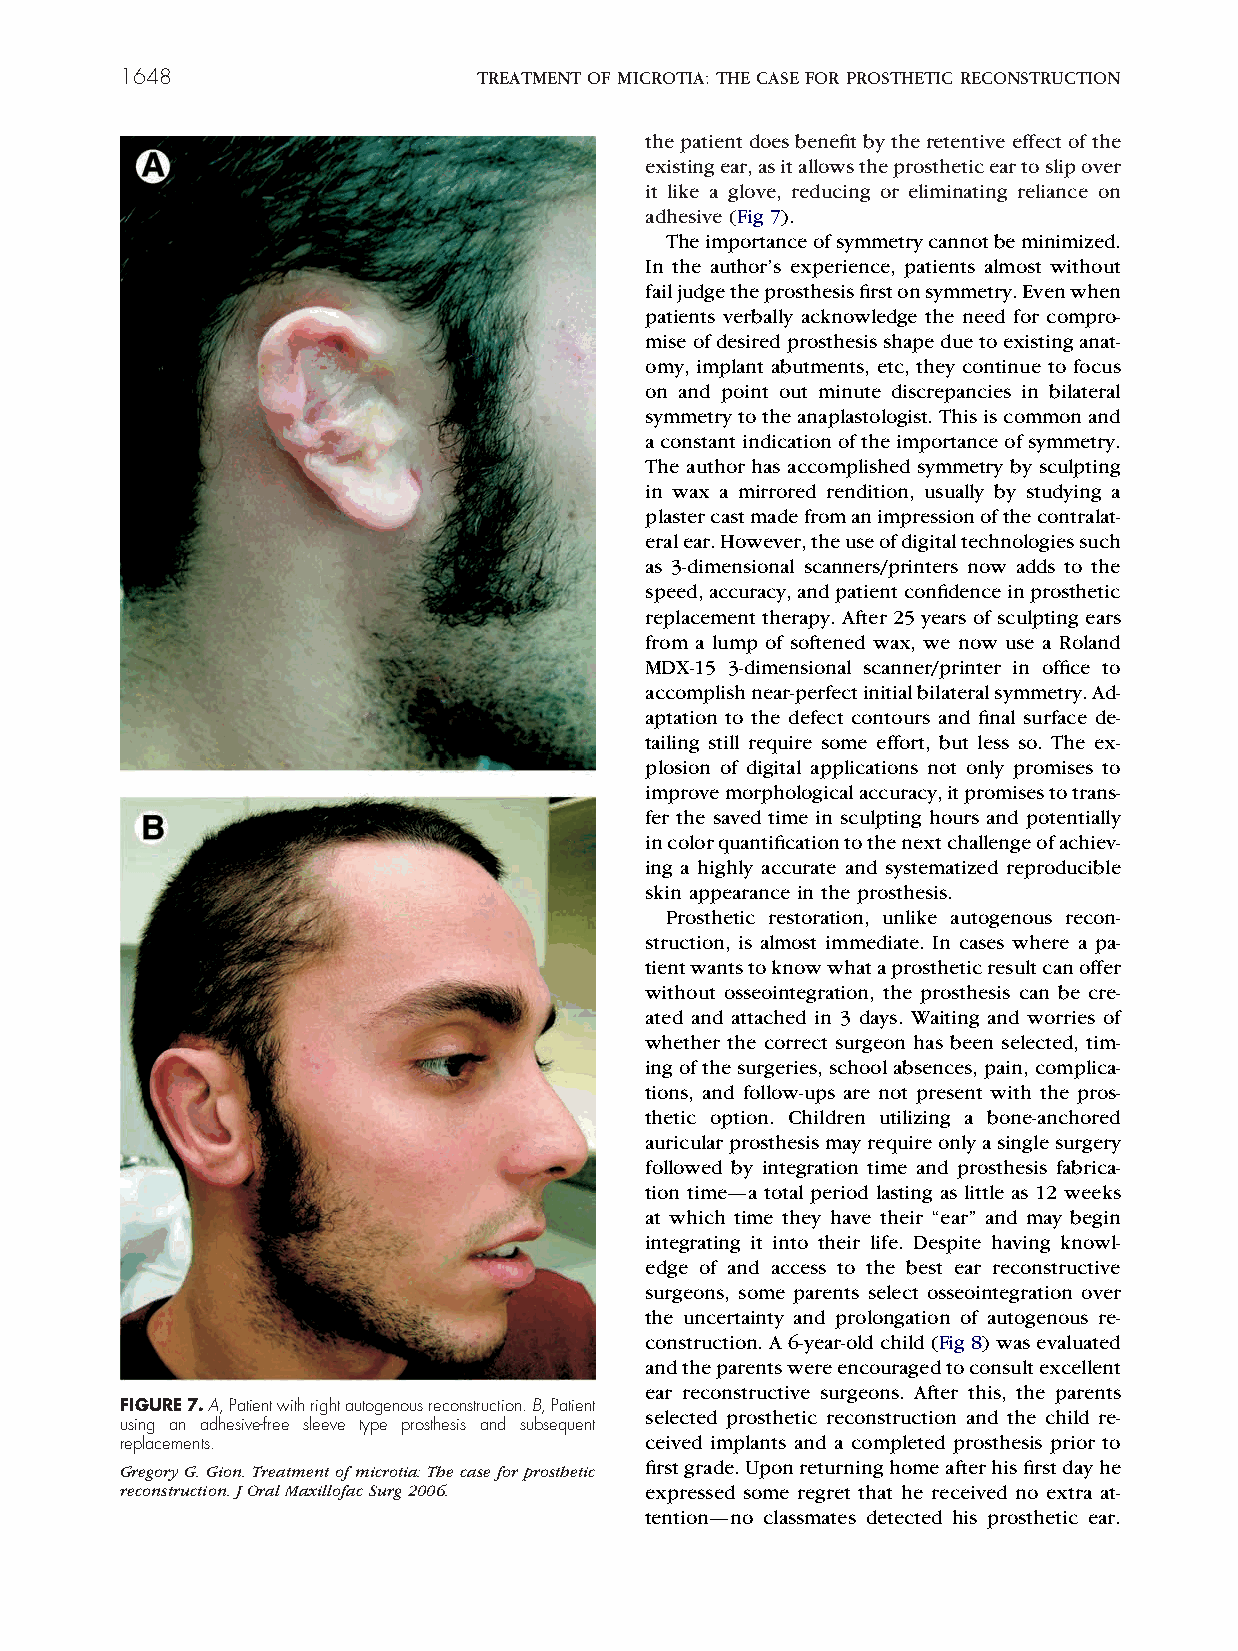
1648                    TREATMENTOFMICROTIA:THECASEFORPROSTHETICRECONSTRUCTION
 thepatientdoesbenefitbytheretentiveeffectofthe
 existingear,asitallowstheprostheticeartoslipover
 it like a glove, reducing or eliminating reliance on
 adhesive (Fig 7).
 Theimportanceofsymmetrycannotbeminimized.
 In the author’s experience, patients almost without
 failjudgetheprosthesisfirstonsymmetry.Evenwhen
 patients verbally acknowledge the need for compro-
 miseofdesiredprosthesisshapeduetoexistinganat-
 omy, implant abutments, etc, they continue to focus
 on and point out minute discrepancies in bilateral
 symmetrytotheanaplastologist.Thisiscommonand
 aconstantindicationoftheimportanceofsymmetry.
 The author has accomplished symmetry by sculpting
 in wax a mirrored rendition, usually by studying a
 plastercastmadefromanimpressionofthecontralat-
 eralear.However,theuseofdigitaltechnologiessuch
 as 3-dimensional scanners/printers now adds to the
 speed,accuracy,andpatientconfidenceinprosthetic
 replacement therapy. After 25 years of sculpting ears
 from a lump of softened wax, we now use a Roland
 MDX-15 3-dimensional scanner/printer in office to
 accomplishnear-perfectinitialbilateralsymmetry.Ad-
 aptation to the defect contours and final surface de-
 tailing still require some effort, but less so. The ex-
 plosion of digital applications not only promises to
 improvemorphologicalaccuracy,itpromisestotrans-
 fer the saved time in sculpting hours and potentially
 incolorquantificationtothenextchallengeofachiev-
 ing a highly accurate and systematized reproducible
 skin appearance in the prosthesis.
 Prosthetic restoration, unlike autogenous recon-
 struction, is almost immediate. In cases where a pa-
 tientwantstoknowwhataprostheticresultcanoffer
 without osseointegration, the prosthesis can be cre-
 ated and attached in 3 days. Waiting and worries of
 whether the correct surgeon has been selected, tim-
 ingofthesurgeries,schoolabsences,pain,complica-
 tions, and follow-ups are not present with the pros-
 thetic option. Children utilizing a bone-anchored
 auricularprosthesismayrequireonlyasinglesurgery
 followed by integration time and prosthesis fabrica-
 tion time—a total period lasting as little as 12 weeks
 at which time they have their “ear” and may begin
 integrating it into their life. Despite having knowl-
 edge of and access to the best ear reconstructive
 surgeons, some parents select osseointegration over
 the uncertainty and prolongation of autogenous re-
 construction.A6-year-oldchild(Fig8)wasevaluated
 andtheparentswereencouragedtoconsultexcellent
 ear reconstructive surgeons. After this, the parents
 FIGURE7.A,Patientwithrightautogenousreconstruction.B,Patient
 selected prosthetic reconstruction and the child re-
 using an adhesive-free sleeve type prosthesis and subsequent
 replacements.                      ceived implants and a completed prosthesis prior to
 GregoryG.Gion.Treatmentofmicrotia:Thecaseforprosthetic firstgrade.Uponreturninghomeafterhisfirstdayhe
 reconstruction.JOralMaxillofacSurg2006. expressed some regret that he received no extra at-
 tention—no classmates detected his prosthetic ear.